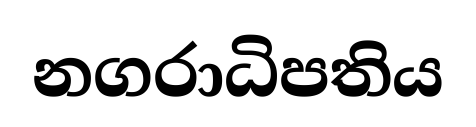
නගරාධිපතිය